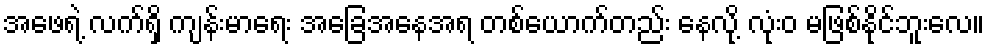
အဖေရဲ့ လက်ရှိ ကျန်းမာရေး အခြေအနေအရ တစ်ယောက်တည်း နေလို့ လုံးဝ မဖြစ်နိုင်ဘူးလေ။